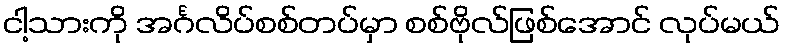
ငါ့သားကို အင်္ဂလိပ်စစ်တပ်မှာ စစ်ဗိုလ်ဖြစ်အောင် လုပ်မယ်